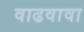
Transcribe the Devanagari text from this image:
वाढवावा